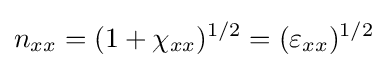
n_{xx}=(1+\chi _{xx})^{1/2}=(\varepsilon _{xx})^{1/2}